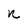
Character: n